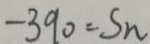
- 3 9 0 = S _ { n }